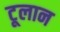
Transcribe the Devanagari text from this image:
टूलान